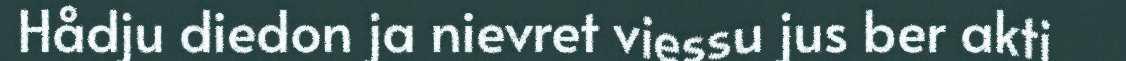
Hådju diedon ja nievret viessu jus ber akti